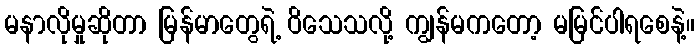
မနာလိုမှုဆိုတာ မြန်မာတွေရဲ့ ဝိသေသလို့ ကျွန်မကတော့ မမြင်ပါရစေနဲ့။